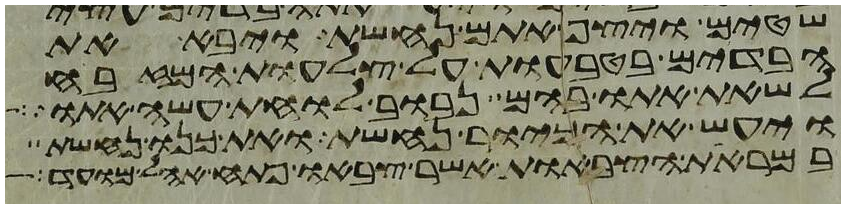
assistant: שטים ויצף אתם נחשת ויבא את
הבדים בטבעות על צלעות המזבח
לשאת אתו בהם נבוב לוחת עשה אתו
ויעש את הכיור נחשת ואת כנו נחשת
במראות הצבאות אשר צבאו פתח אהל מועד